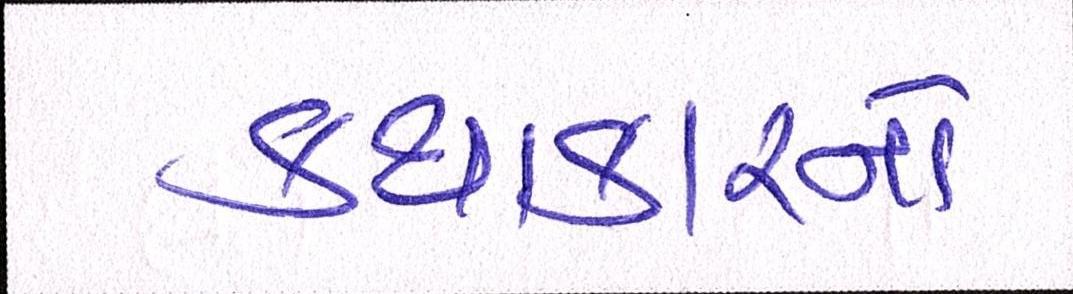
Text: કથાકારનો